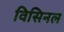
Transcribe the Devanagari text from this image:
विसिनल